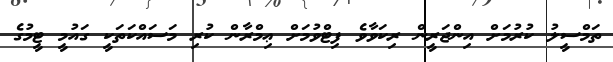
ތަމްސީލު ކުރުމަށް އިންޖަރީން ރިކަވާވެ ފިޓްވުމަށް ޢިމްރާން ކުރި މަސައްކަތަކީ ގައުމީ ޓީމުގެ